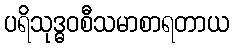
ပရိသုဒ္ဓဝစီသမာစာရတာယ